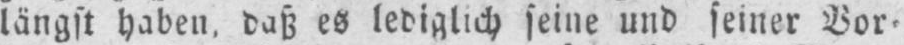
längst haben, daß es lediglich seine und seiner Vor⸗